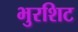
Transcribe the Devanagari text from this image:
भुरशिट